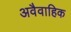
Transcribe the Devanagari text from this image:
अवैवाहिक